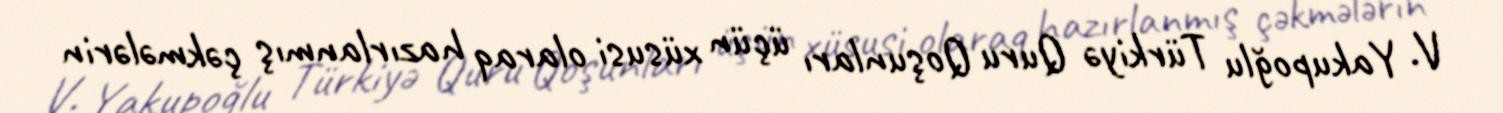
V. Yakupoğlu Türkiyə Quru Qoşunları üçün xüsusi olaraq hazırlanmış çəkmələrin